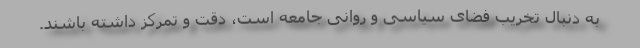
به دنبال تخریب فضای سیاسی و روانی جامعه است، دقت و تمرکز داشته باشند.